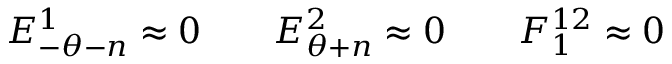
E _ { - \theta - n } ^ { 1 } \approx { } 0 \qquad E _ { \theta + n } ^ { 2 } \approx { } 0 \qquad F _ { 1 } ^ { 1 2 } \approx { } 0